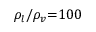
{ \rho _ { l } } / { \rho _ { v } } \mathrm { { = } } 1 0 0